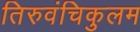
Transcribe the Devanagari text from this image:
तिरुवंचिकुलम